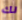
لك